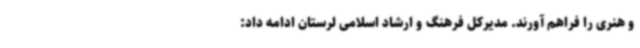
و هنری را فراهم آورند. مدیرکل فرهنگ و ارشاد اسلامی لرستان ادامه داد: